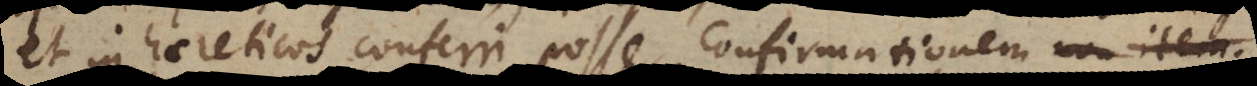
et in haereticos conferri posse, confirmationem non item.